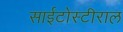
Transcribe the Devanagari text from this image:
साईटोस्टीराल